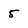
Character: 5